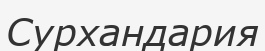
Сурхандария